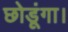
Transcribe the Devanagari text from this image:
छोडूंगा।